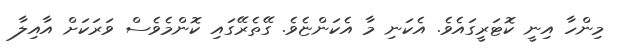
މިންހާ އިނީ ކޮޓަރީގައެވެ. އެކަނި މާ އެކަންޏެވެ. ގޭތެރޭގައި ކޮންމެވެސް ވަރަަކަށް އާއިލާ